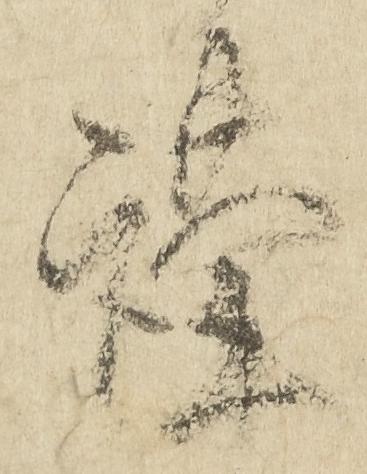
謹